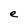
Character: e